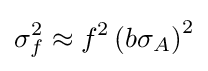
\sigma _{f}^{2}\approx f^{2}\left(b\sigma _{A}\right)^{2}